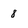
Character: 8